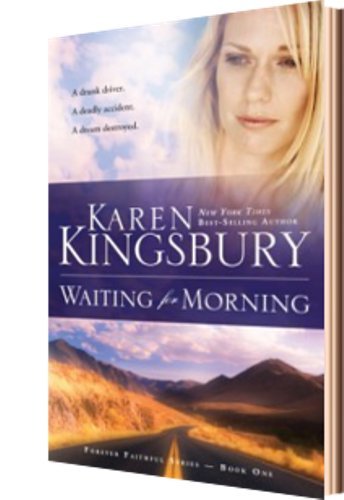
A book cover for Waiting for Morning (Forever Faithful, Book 1); Karen Kingsbury; Romance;